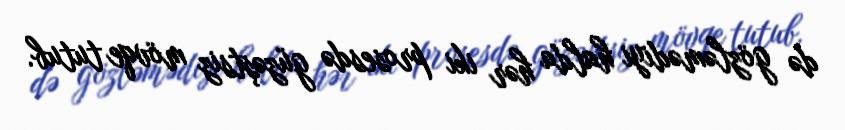
də gözləmədiyi halda hər iki prosesdə güzəştsiz mövqe tutub.